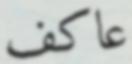
عاكف